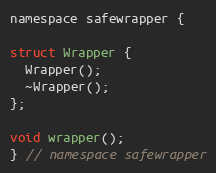
Language: C
namespace safewrapper {

struct Wrapper {
  Wrapper();
  ~Wrapper();
};

void wrapper();
} // namespace safewrapper